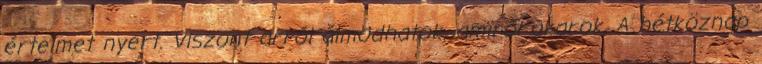
értelmet nyert. Viszont arról álmodhatok, amiről akarok. A hétköznap